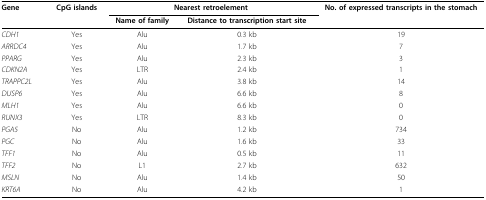
| Gene | CpG islands | <COLSPAN=2> Nearest retroelement | No. of expressed transcripts in the stomach |
 |  |  | Name of family | Distance to transcription start site |  |
 | --- | --- | --- | --- | --- |
 | CDH1 | Yes | Alu | 0.3 kb | 19 |
 | ARRDC4 | Yes | Alu | 1.7 kb | 7 |
 | PPARG | Yes | Alu | 2.3 kb | 3 |
 | CDKN2A | Yes | LTR | 2.4 kb | 1 |
 | TRAPPC2L | Yes | Alu | 3.8 kb | 14 |
 | DUSP6 | Yes | Alu | 6.6 kb | 8 |
 | MLH1 | Yes | Alu | 6.6 kb | 0 |
 | RUNX3 | Yes | LTR | 8.3 kb | 0 |
 | PGA5 | No | Alu | 1.2 kb | 734 |
 | PGC | No | Alu | 1.6 kb | 33 |
 | TFF1 | No | Alu | 0.5 kb | 11 |
 | TFF2 | No | L1 | 2.7 kb | 632 |
 | MSLN | No | Alu | 1.4 kb | 50 |
 | KRT6A | No | Alu | 4.2 kb | 1 |